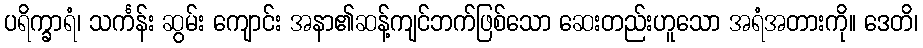
ပရိက္ခာရံ၊ သင်္ကန်း ဆွမ်း ကျောင်း အနာ၏ဆန့်ကျင်ဘက်ဖြစ်သော ဆေးတည်းဟူသော အရံအတားကို။ ဒေတိ၊